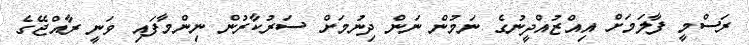
ރަސްމީ ފާލަމަށް އިއްޒުއްދީނުގެ ނަމުން ނަން ދިނުމަށް ސަރުކާރުން ނިންމާފައި ވަނީ ރާއްޖޭގެ